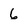
Character: 6